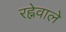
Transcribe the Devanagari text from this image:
रह्नेवाले